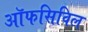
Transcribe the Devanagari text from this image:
ऑफसिविल